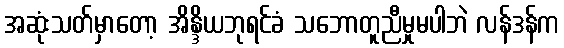
အဆုံးသတ်မှာတော့ အိန္ဒိယဘုရင်ခံ သဘောတူညီမှုမပါဘဲ လန်ဒန်က